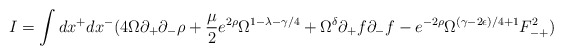
\begin{align*}I = \int dx^+ dx^- ( 4 \Omega \partial_+ \partial_- \rho+ \frac{\mu}{2} e^{2 \rho} \Omega^{1-\lambda -\gamma/4}+ \Omega^{\delta} \partial_+ f \partial_- f - e^{-2 \rho } \Omega^{(\gamma -2\epsilon)/4 +1} F^2_{-+} )\end{align*}